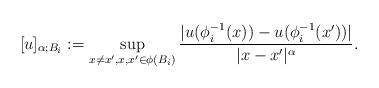
LaTeX: \begin{align*} [u]_{\alpha; B_i} := \sup_{x \neq x', x,x' \in \phi(B_i)} \frac{ | u(\phi_i^{-1}(x)) - u(\phi_i^{-1}(x')) |}{|x-x'|^{\alpha}}. \end{align*}